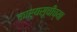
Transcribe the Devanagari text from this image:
कार्यसूचीच्या